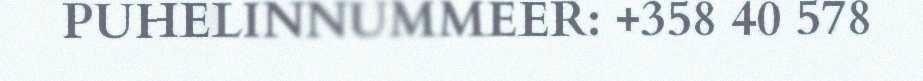
PUHELINNUMMEER: +358 40 578